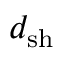
d _ { \mathrm { s h } }